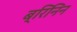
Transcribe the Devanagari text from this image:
ब्रिनिन